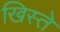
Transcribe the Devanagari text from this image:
खिस्ते